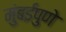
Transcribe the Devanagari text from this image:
मुंबईपुणे